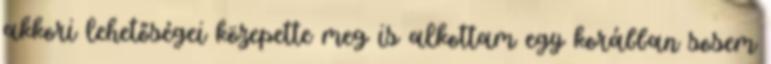
akkori lehetőségei közepette meg is alkottam egy korábban sosem